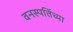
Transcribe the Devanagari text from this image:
वनस्पतिंच्या